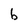
Character: b